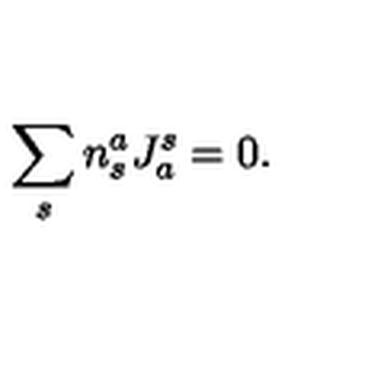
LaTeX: \sum _ { s } n _ { s } ^ { a } J _ { a } ^ { s } = 0 .